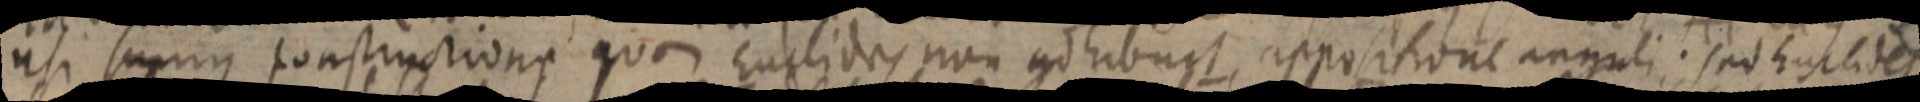
usi sumus constructione quae Euclides non ad habunt, appositione anguli; sed Euclides